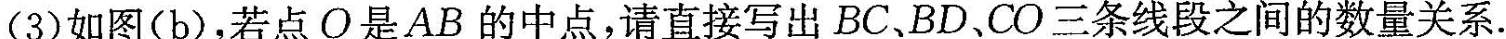
(3) 如图(b)，若点O是AB的中点，请直接写出BC、BD、CO三条线段之间的数量关系。